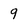
Character: 9